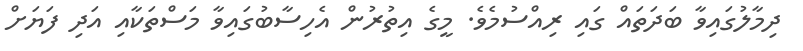
ދިމާލުގައިވާ ބަދަތައް ގައި ރިއްސުމެވެ. މީގެ އިތުރުން އެހިސާބުގައިވާ މަސްތަކާއި އަދި ފަޔަށް